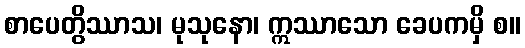
စာပေတွိဿာသ၊ မုသုနော၊ ဣဿာသော ခေပကမှိ စ။